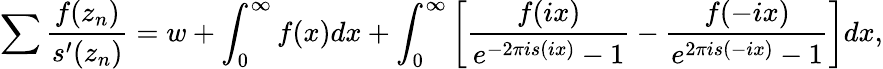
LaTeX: \sum\frac{f(z_{n})}{s^{\prime}(z_{n})}=w+\int_{0}^{\infty}{f(x)dx}+\int_{0}^{\infty}{\left[\frac{f(ix)}{e^{-2\pi is(ix)}-1}-\frac{f(-ix)}{e^{2\pi is(-ix)}-1}\right]dx},